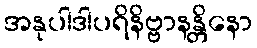
အနုပါဒါပရိနိဗ္ဗာနန္တိနော